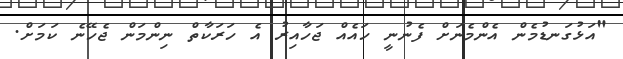
"އަޅުގަނޑުމެން އެންމެނަށް ފެނުނީ ހައެއް ޖަހާއިރު އެ ހަރަކާތް ނިންމަން ޖެހޭނެ ކަމަށް.